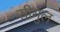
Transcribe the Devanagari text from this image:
सीगुल